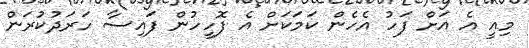
މިއީ އެ އަށް ފަހު އެހެން ކަމަކަށް އެ ފޮހީހުން ފައިސާ ހަރަދުކުރަން